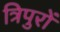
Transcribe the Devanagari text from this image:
त्रिपुरों